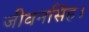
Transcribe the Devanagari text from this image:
जीवनसिंह।